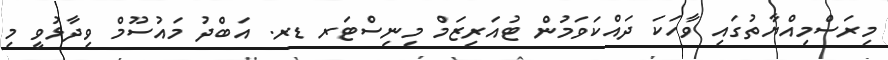
މިރަސްމިއްޔާތުގައި ވާހަކަ ދައްކަވަމުން ޓުއަރިޒަމް މިނިސްޓަރ ޑރ. އަބްދު މައުސޫމް ވިދާޅުވީ މި